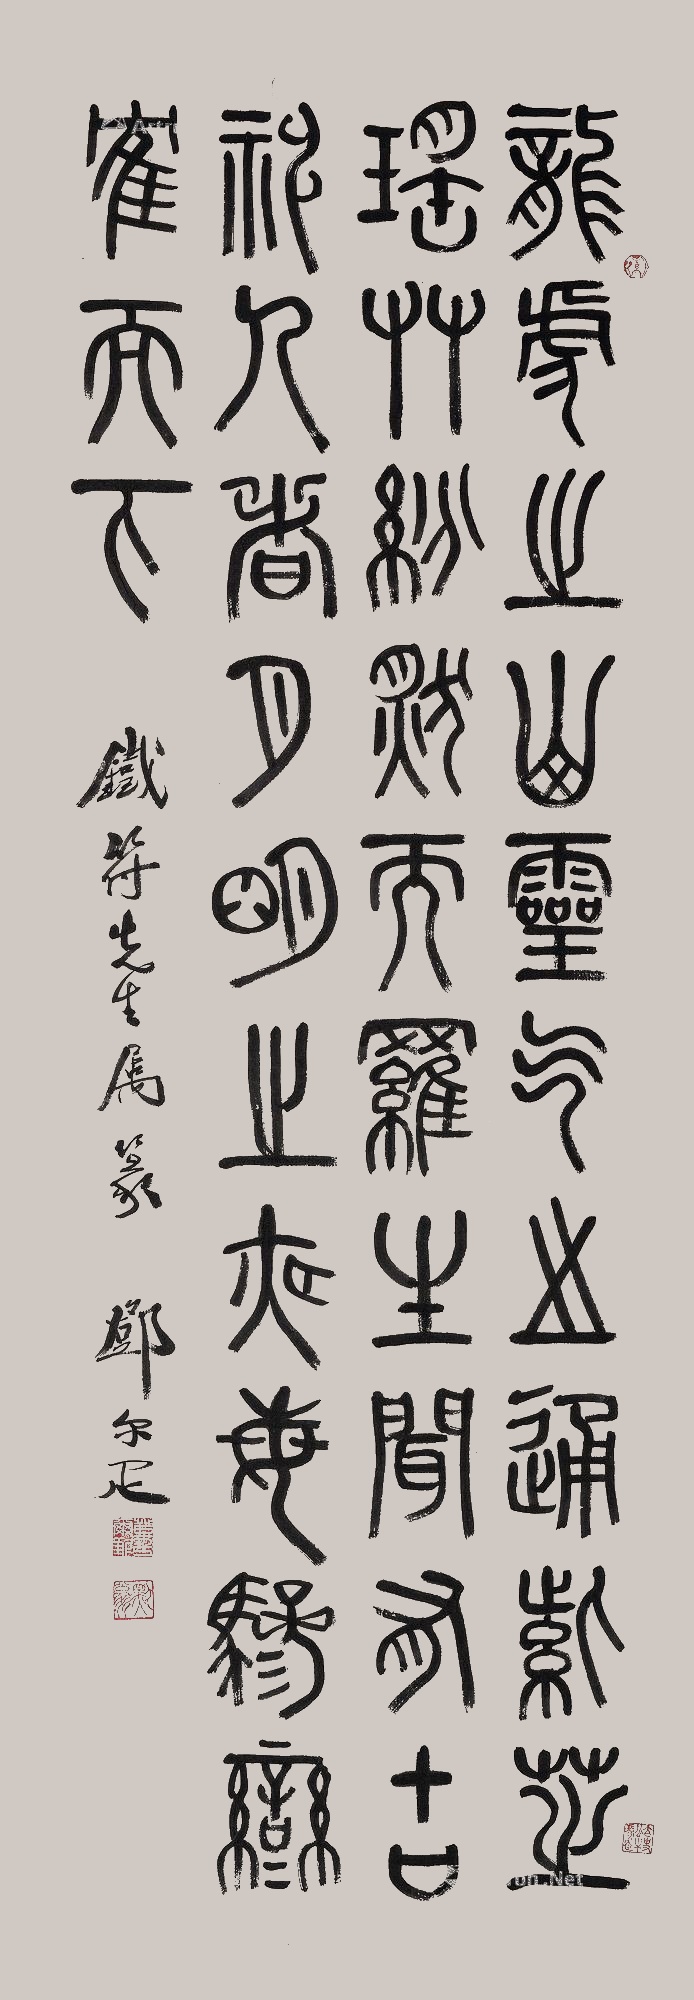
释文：龙虎之山，灵气之通，紫芝瑶草，纷然而罗生。闻有古神人者，月明之夜，每骖鸾鹤而下。铁符先生属篆，邓尔疋。